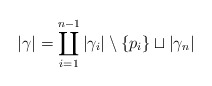
\begin{align*}|\gamma| = \coprod_{i=1}^{n-1} |\gamma_i|\setminus\{p_i\} \sqcup |\gamma_n|\end{align*}